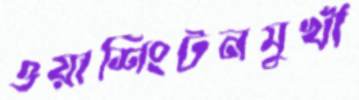
ওয়াশিংটনমুখী